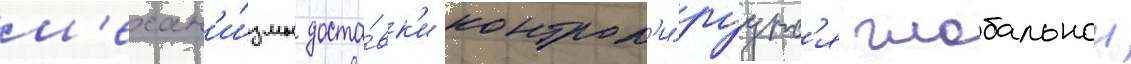
м'ехан'и́змы доста́вк'и контрол'и́руутс'я глобальнои